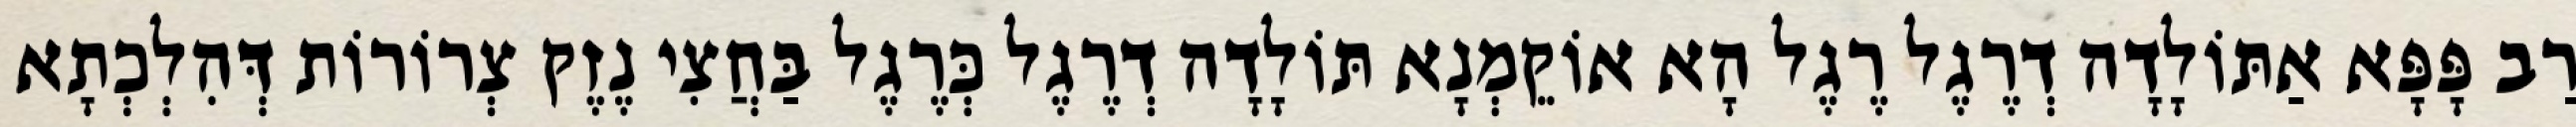
רַב פָּפָּא אַתּוֹלָדָה דְרֶגֶל רֶגֶל הָא אוֹקֵמְנָא תּוֹלָדָה דְרֶגֶל כְּרֶגֶל בַּחֲצִי נֶזֶק צְרוֹרוֹת דְּהִלְכְתָא